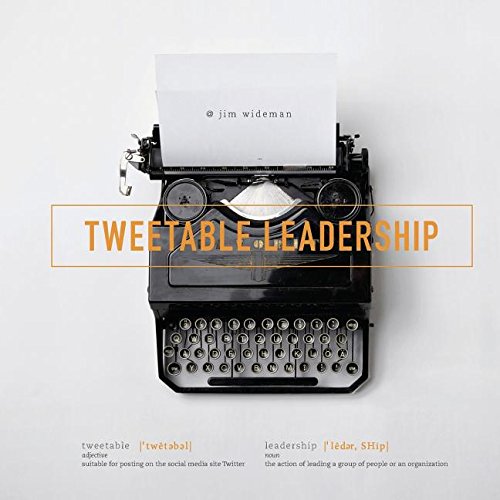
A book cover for Tweetable Leadership; Jim L. Wideman; Christian Books & Bibles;